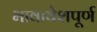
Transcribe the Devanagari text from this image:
भावावेशपूर्ण